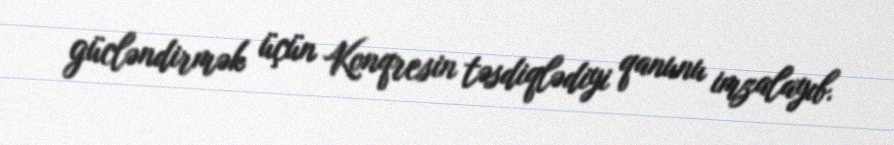
gücləndirmək üçün Konqresin təsdiqlədiyi qanunu imzalayıb.